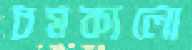
চমকালো